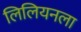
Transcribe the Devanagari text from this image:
लिलियनला